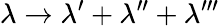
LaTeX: \lambda\to\lambda^{\prime}+\lambda^{\prime\prime}+\lambda^{\prime\prime\prime}